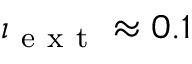
\iota _ { \mathrm { ~ e ~ x ~ t ~ } } \approx 0 . 1